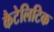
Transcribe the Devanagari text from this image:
कैटेलिटिक